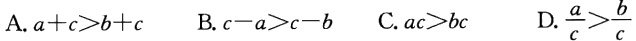
A. \(a + c>b + c\)  B. \(c - a>c - b\)  C. \(ac>bc\)  D. \(\frac{a}{c}>\frac{b}{c}\)